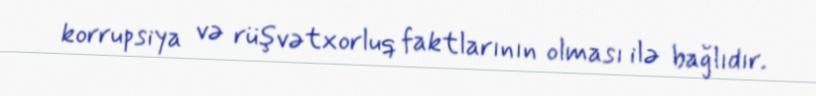
korrupsiya və rüşvətxorluq faktlarının olması ilə bağlıdır.